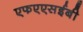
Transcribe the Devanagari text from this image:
एफएएसईबी